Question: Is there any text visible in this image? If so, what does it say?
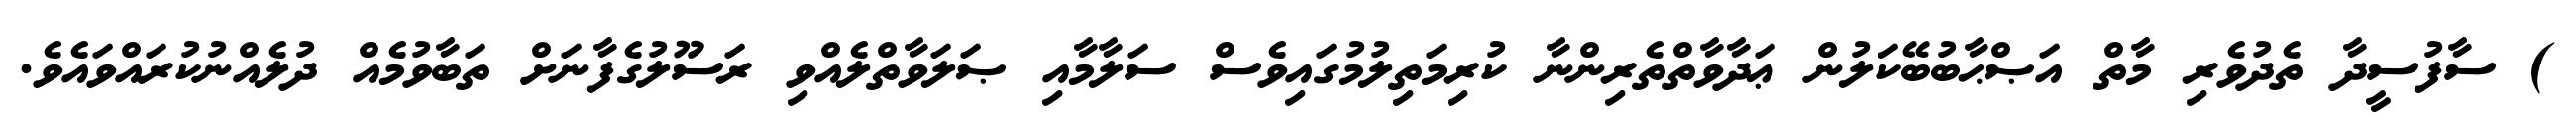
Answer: ) ސާފުސީދާ ތެދުވެރި މާތް އަޞްޙާބުބޭކަލުން ޢަދާވާތްތެރިންނާ ކުރިމަތިލުމުގައިވެސް ސަލާމާއި ޞަލަވާތްލެއްވި ރަސޫލުގެފާނަށް ތަބާވުމެއް ދުލެއްނުކުރައްވައެވެ.